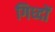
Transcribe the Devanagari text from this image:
गिध्दों